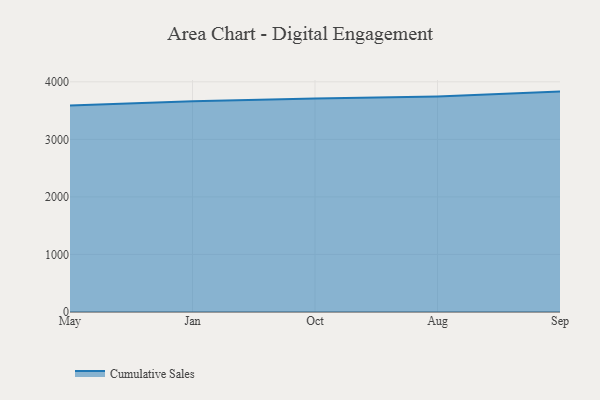
{"axis": {"x": "Month", "y": "Population (Million)"}, "legend": ["Cumulative Sales"], "data": [{"x": "May", "y": 3586.3, "type": "Cumulative Sales"}, {"x": "Jan", "y": 3660.8, "type": "Cumulative Sales"}, {"x": "Oct", "y": 3708.7, "type": "Cumulative Sales"}, {"x": "Aug", "y": 3747.0, "type": "Cumulative Sales"}, {"x": "Sep", "y": 3830.0, "type": "Cumulative Sales"}]}